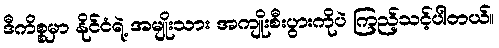
ဒီကိစ္စမှာ နိုင်ငံရဲ့ အမျိုးသား အကျိုးစီးပွားကိုပဲ ကြည့်သင့်ပါတယ်။